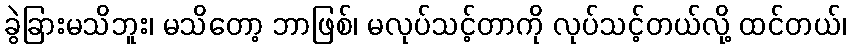
ခွဲခြားမသိဘူး၊ မသိတော့ ဘာဖြစ်၊ မလုပ်သင့်တာကို လုပ်သင့်တယ်လို့ ထင်တယ်၊